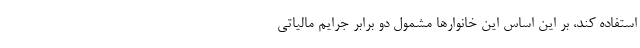
استفاده کند، بر این اساس این خانوارها مشمول دو برابر جرایم مالیاتی